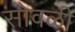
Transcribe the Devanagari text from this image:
सोवळी